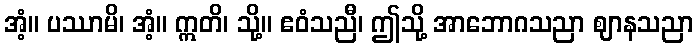
အံ့။ ပဿာမိ၊ အံ့။ ဣတိ၊ သို့။ ဧဝံသညီ၊ ဤသို့ အာဘောဂသညာ ဈာနသညာ